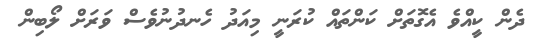
ދެން ކީއްވެ އެގޮތަށް ކަންތައް ކުރަނީ މިއަދު ހެނދުނުވެސް ވަރަށް ލޯބިން